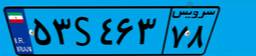
۹۵S۲۸۹۰۱